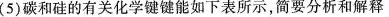
(5)碳和硅的有关化学键键能如下表所示，简要分析和解释